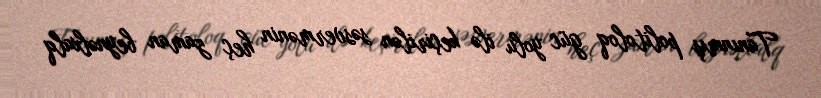
Tanınmış politoloq güc yolu ilə keçirilən səsvermənin heç zaman beynəlxalq